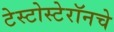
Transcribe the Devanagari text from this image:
टेस्टोस्टेरॉनचे